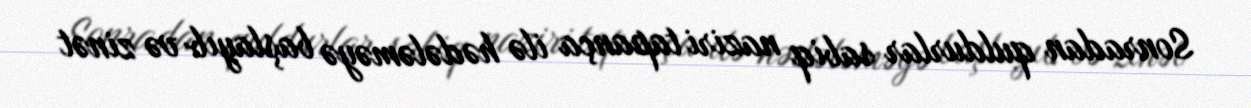
Sonradan quldurlar sabiq naziri tapança ilə hədələməyə başlayıb və zinət